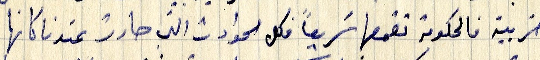
حزبية فالحكومة تقمعها سَريعاً فكل الحوادث عندنا كانها